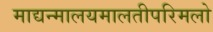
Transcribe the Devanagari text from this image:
माद्यन्मालयमालतीपरिमलो